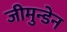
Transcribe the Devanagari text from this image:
जीमुन्डेन